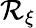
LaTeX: \mathcal{R}_{\xi}